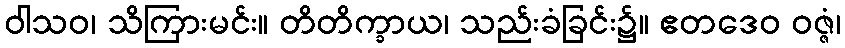
ဝါသဝ၊ သိကြားမင်း။ တိတိက္ခာယ၊ သည်းခံခြင်း၌။ ဧတဒေဝ ဝဇ္ဇံ၊